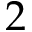
2